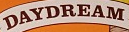
DAYDREAM